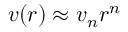
v ( r ) \approx v _ { n } r ^ { n }